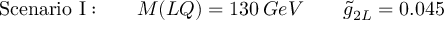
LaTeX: \mathrm { S c e n a r i o ~ I : } \qquad M ( L Q ) = 1 3 0 \, G e V \qquad \tilde { g } _ { 2 L } = 0 . 0 4 5